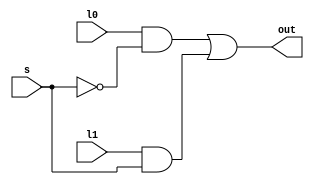
/*                      --------MULTIPLEXADOR 2x1--------*/

/*  BASE LITERARIA: Ronald J. Tocci, Neal S. Widmer, Gregory L. Moss. Sistemas digitais : princpios e aplicaes; reviso tcnica Renato Giacomini ; traduo Jorge Ritter.  11 edio  So Paulo : Pearson Prentice Hall, 2011;
 */

module multiplexer_2x1(out, l0, l1, s); // RECEBER 2 ENTRADAS (l0 e l1)  E DEPENDENDO DO VALOR DO SELETOR "S" SELECIONAR UMA DAS DUAS ENTRADAS;
   
    input l0, l1, s;  
    output out;
   
    wire w_and1, w_and2, not_s;
   
    not INVERSAO_DO_VALOR_DO_SELETOR(not_s, s);
   
    and LIBERAR_O_VALOR_DE_L0(w_and1, l0, not_s); // LIBERAR O VALOR DE "L0", CAS0 "S" TENHA SINAL BAIXO;
    and LIBERAR_O_VALOR_DE_L1(w_and2, l1, s); // LIBERAR O VALOR DE "L1", CASO "S" TENHA SINAL ALTO;
   
    or JUNTAR_OS_DOIS_RESULTADOS_DAS_ANDs(out, w_and1, w_and2); // SINAL SELECIONADO;
endmodule